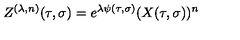
Z ^ { ( \lambda , n ) } ( \tau , \sigma ) = e ^ { \lambda \psi ( \tau , \sigma ) } ( X ( \tau , \sigma ) ) ^ { n }